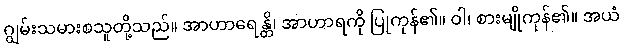
ဂျွမ်းသမားစသူတို့သည်။ အာဟာရေန္တိ၊ အာဟာရကို ပြုကုန်၏။ ဝါ၊ စားမျိုကုန်၏။ အယံ